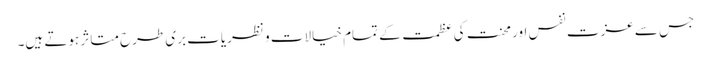
جس سے عزت نفس اور محنت کی عظمت کے تمام خیالات و نظریات بری طرح متاثر ہوتے ہیں۔